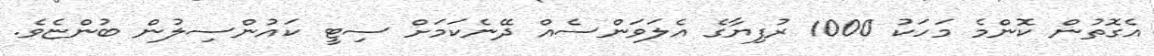
އެގޮތުން ކޮންމެ މަހަކު 1000 ރުފިޔާގެ އެލަވަންސެއް ދޭނެކަމަށް ސިޓީ ކައުންސިލުން ބުންޏެވެ.